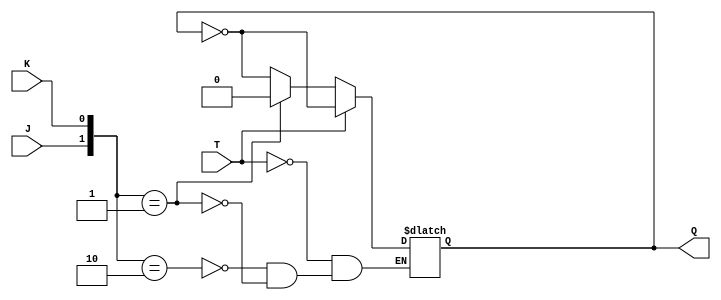
module tff_jk (
    input wire J, K, T,
    output reg Q
);

always @ (J, K, T) begin
    if (T) begin
        Q <= ~Q;
    end else begin
        case ({J, K})
            2'b10: Q <= ~Q;
            2'b01: Q <= 1'b0;
            2'b00: Q <= Q;
            default: Q <= Q;
        endcase
    end
end

endmodule